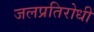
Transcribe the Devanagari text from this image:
जलप्रतिरोधी